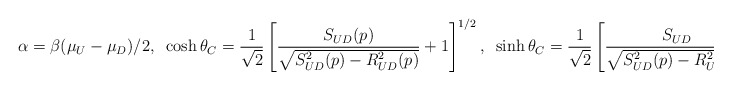
\begin{align*}\alpha=\beta(\mu_U-\mu_D)/2, \;\;\cosh\theta_C=\frac{1}{\sqrt{2}}\left[\frac{S_{UD}(p)}{\sqrt{S_{UD}^2(p)-R_{UD}^2(p)}}+1\right]^{1/2},\;\;\sinh\theta_C=\frac{1}{\sqrt{2}}\left[\frac{S_{UD}}{\sqrt{S_{UD}^2(p)-R_{UD}^2(p)}}-1\right]^{1/2}\end{align*}